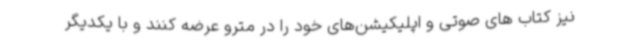
نیز کتاب های صوتی و اپلیکیشن‌های خود را در مترو عرضه کنند و با یکدیگر